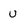
Character: u